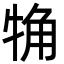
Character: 觕